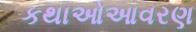
કથાઓઆવરણ